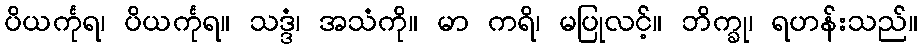
ပိယင်္ကုရ၊ ပိယင်္ကုရ။ သဒ္ဒံ၊ အသံကို။ မာ ကရိ၊ မပြုလင့်။ ဘိက္ခု၊ ရဟန်းသည်။